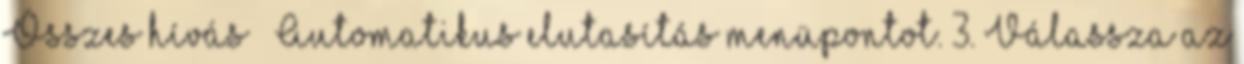
Összes hívás → Automatikus elutasítás menüpontot. 3. Válassza az